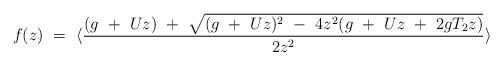
LaTeX: \begin{align*}f(z)\ =\ \langle {(g\ +\ U z)\ +\ \sqrt{(g\ +\ U z)^2 \ -\ 4 z^2 (g\ +\ U z\ +\ 2 g T_2 z)} \over 2 z^2} \rangle\end{align*}